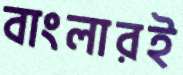
বাংলারই